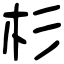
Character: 杉